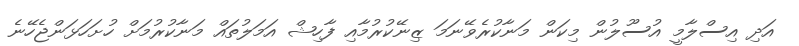
އަދި އިސްލާމީ އުސޫލުން މިކަން މަނާކުރެވޭނަމަ ޒިނޭކުރުމާއި ފާހިޝް އަމަލުތައް މަނާކުރުމަށް ހުށަހަޅަންޖެހޭނެ